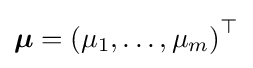
{\boldsymbol {\mu }}=\left(\mu _{1},\ldots ,\mu _{m}\right)^{\top }